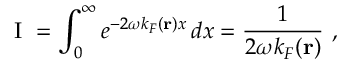
\mathrm { ~ I ~ } = \int _ { 0 } ^ { \infty } e ^ { - 2 \omega k _ { F } ( \mathbf { r } ) x } \, d x = \frac { 1 } { 2 \omega k _ { F } ( \mathbf { r } ) } \ ,